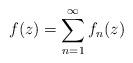
LaTeX: \begin{align*}f(z) = \sum _{n=1}^\infty{f_n(z)}\end{align*}